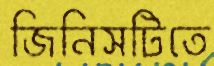
জিনিসটিতে